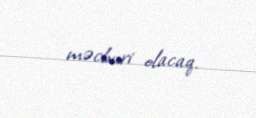
məcburi olacaq.